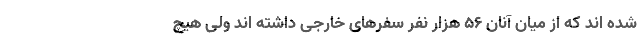
شده اند که از میان آنان ۵۶ هزار نفر سفرهای خارجی داشته اند ولی هیچ